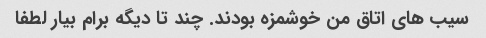
سیب های اتاق من خوشمزه بودند. چند تا دیگه برام بیار لطفا